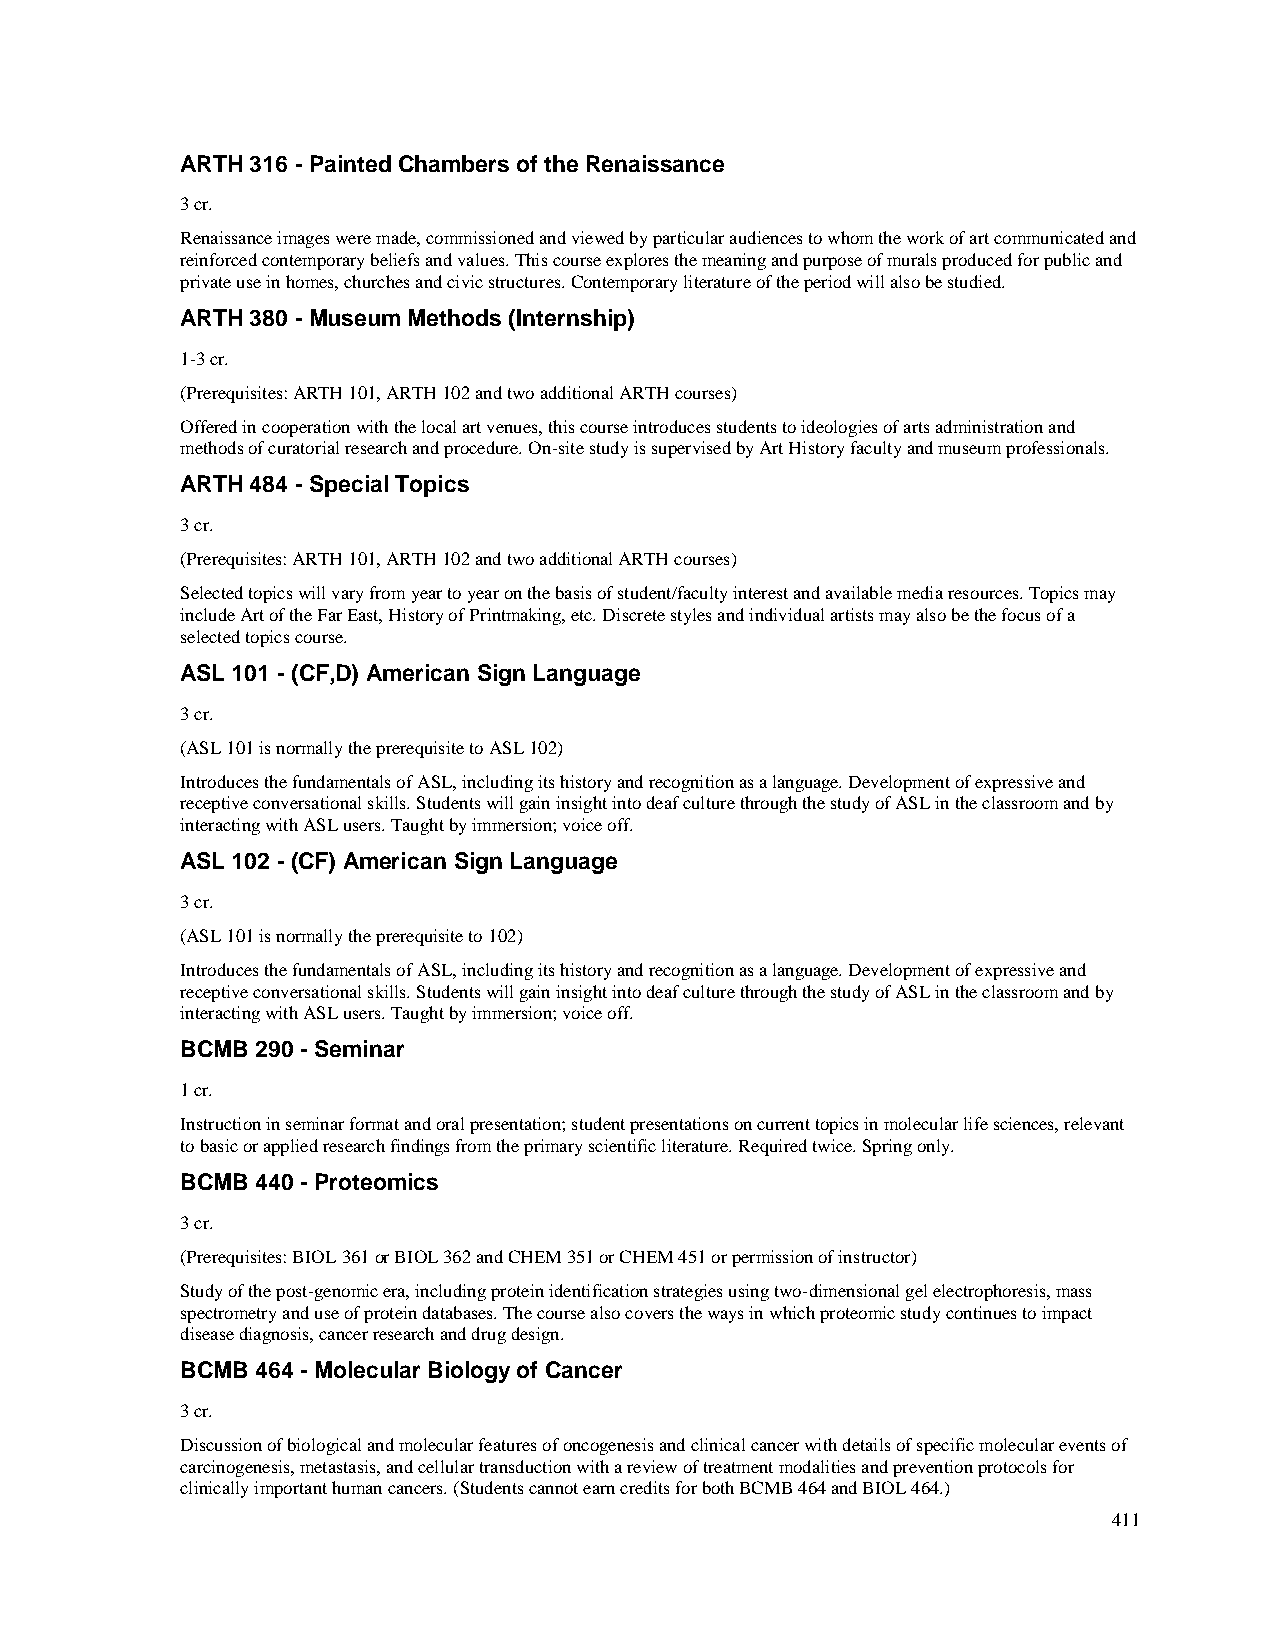
ARTH 316 - Painted Chambers of the Renaissance
 3 cr.
 Renaissance images were made, commissioned and viewed by particular audiences to whom the work of art communicated and
 reinforced contemporary beliefs and values. This course explores the meaning and purpose of murals produced for public and
 private use in homes, churches and civic structures. Contemporary literature of the period will also be studied.
 ARTH 380 - Museum Methods (Internship)
 1-3 cr.
 (Prerequisites: ARTH 101, ARTH 102 and two additional ARTH courses)
 Offered in cooperation with the local art venues, this course introduces students to ideologies of arts administration and
 methods of curatorial research and procedure. On-site study is supervised by Art History faculty and museum professionals.
 ARTH 484 - Special Topics
 3 cr.
 (Prerequisites: ARTH 101, ARTH 102 and two additional ARTH courses)
 Selected topics will vary from year to year on the basis of student/faculty interest and available media resources. Topics may
 include Art of the Far East, History of Printmaking, etc. Discrete styles and individual artists may also be the focus of a
 selected topics course.
 ASL 101 - (CF,D) American Sign Language
 3 cr.
 (ASL 101 is normally the prerequisite to ASL 102)
 Introduces the fundamentals of ASL, including its history and recognition as a language. Development of expressive and
 receptive conversational skills. Students will gain insight into deaf culture through the study of ASL in the classroom and by
 interacting with ASL users. Taught by immersion; voice off.
 ASL 102 - (CF) American Sign Language
 3 cr.
 (ASL 101 is normally the prerequisite to 102)
 Introduces the fundamentals of ASL, including its history and recognition as a language. Development of expressive and
 receptive conversational skills. Students will gain insight into deaf culture through the study of ASL in the classroom and by
 interacting with ASL users. Taught by immersion; voice off.
 BCMB 290 - Seminar
 1 cr.
 Instruction in seminar format and oral presentation; student presentations on current topics in molecular life sciences, relevant
 to basic or applied research findings from the primary scientific literature. Required twice. Spring only.
 BCMB 440 - Proteomics
 3 cr.
 (Prerequisites: BIOL 361 or BIOL 362 and CHEM 351 or CHEM 451 or permission of instructor)
 Study of the post-genomic era, including protein identification strategies using two-dimensional gel electrophoresis, mass
 spectrometry and use of protein databases. The course also covers the ways in which proteomic study continues to impact
 disease diagnosis, cancer research and drug design.
 BCMB 464 - Molecular Biology of Cancer
 3 cr.
 Discussion of biological and molecular features of oncogenesis and clinical cancer with details of specific molecular events of
 carcinogenesis, metastasis, and cellular transduction with a review of treatment modalities and prevention protocols for
 clinically important human cancers. (Students cannot earn credits for both BCMB 464 and BIOL 464.)
 411